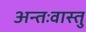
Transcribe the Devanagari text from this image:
अन्तःवास्तु